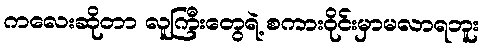
ကလေးဆိုတာ လူကြီးတွေရဲ့ စကားဝိုင်းမှာမလာရဘူး